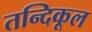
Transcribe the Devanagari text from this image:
तन्दिकूल